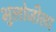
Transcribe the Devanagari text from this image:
भुलोजीला